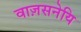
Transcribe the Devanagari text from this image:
वाज़सनेयि